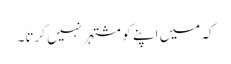
کہ میں اپنے کو مشتہر نہیں کرتا۔